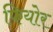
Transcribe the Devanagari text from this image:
फियोर